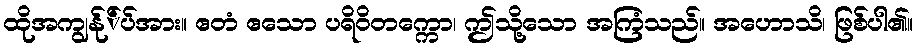
ထိုအကျွန်ု်ပ်အား။ ဧတံ ဧသော ပရိဝိတက္ကော၊ ဤသို့သော အကြံသည်။ အဟောသိ၊ ဖြစ်ပါ၏။